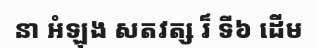
នា អំឡុង សតវត្ស រ៏ ទី៦ ដើម